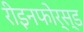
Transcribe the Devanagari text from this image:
रीइनफोर्स्ड